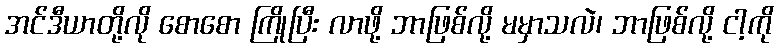
အင်ဒီယာတို့လို စောစော ကြိုပြီး လာဖို့ ဘာဖြစ်လို့ မမှာသလဲ၊ ဘာဖြစ်လို့ ငါ့ကို